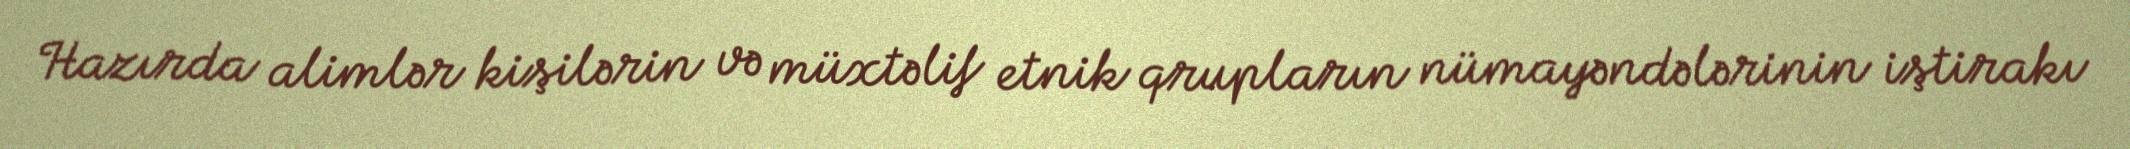
Hazırda alimlər kişilərin və müxtəlif etnik qrupların nümayəndələrinin iştirakı